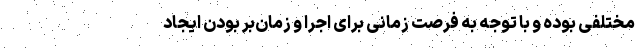
مختلفی بوده و با توجه به فرصت زمانی برای اجرا و زمان‌بر بودن ایجاد